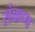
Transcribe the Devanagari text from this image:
संकप्प